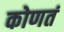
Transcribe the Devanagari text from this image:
कोणतं